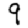
Digit: 9